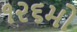
૧૨૬મો